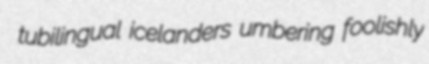
tubilingual icelanders umbering foolishly